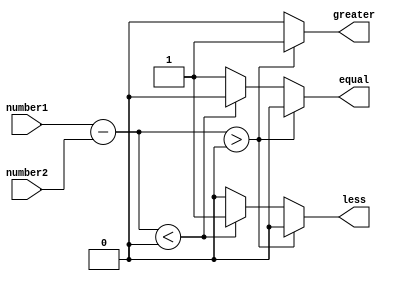
module unsigned_comparator(
    input wire [3:0] number1,
    input wire [3:0] number2,
    output reg greater,
    output reg less,
    output reg equal
);

reg [3:0] difference;

always @(*) begin
    difference = number1 - number2;
    
    if (difference > 0) begin
        greater = 1;
        less = 0;
        equal = 0;
    end
    else if (difference < 0) begin
        greater = 0;
        less = 1;
        equal = 0;
    end
    else begin
        greater = 0;
        less = 0;
        equal = 1;
    end
end

endmodule